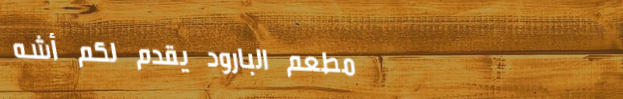
مطعم البارود يقدم لكم أشه